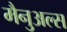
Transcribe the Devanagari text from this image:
मैनुअल्स